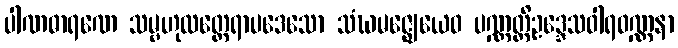
ပါဏဓာရဏေ သမ္ဗဟုလတ္ထေရာပဒေသော သံဃမဇ္ဈေယေဝ ပဏ္ဏတ္တိဥဒ္ဒေသဝါရဝဏ္ဏနာ